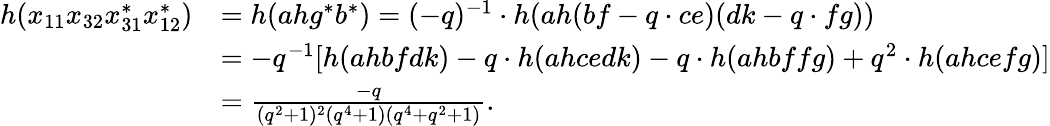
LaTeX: \begin{array}{rl}{h(x_{11}x_{32}x_{31}^{*}x_{12}^{*})}&{=h(ahg^{*}b^{*})=(-q)^{-1}\cdot h(ah(bf-q\cdot ce)(dk-q\cdot fg))}\\ &{=-q^{-1}[h(ahbfdk)-q\cdot h(ahcedk)-q\cdot h(ahbffg)+q^{2}\cdot h(ahcefg)]}\\ &{=\frac{-q}{(q^{2}+1)^{2}(q^{4}+1)(q^{4}+q^{2}+1)}.}\end{array}